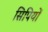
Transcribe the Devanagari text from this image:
सिपियों